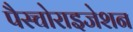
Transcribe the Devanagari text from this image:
पैस्चोराइजेशन